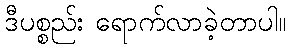
ဒီပစ္စည်း ရောက်လာခဲ့တာပါ။